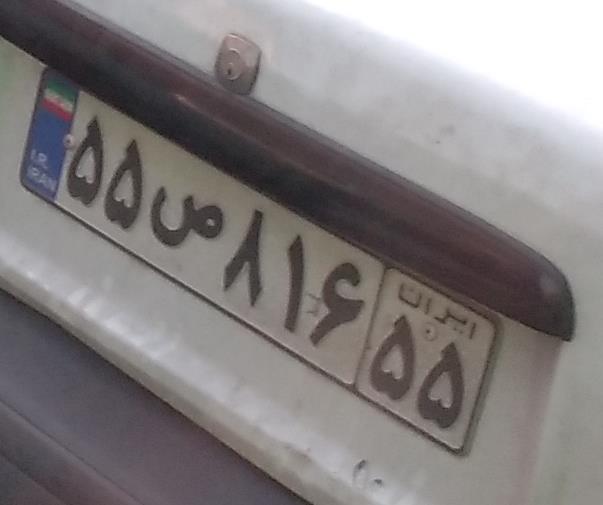
۵۵ص۸۱۶۵۵